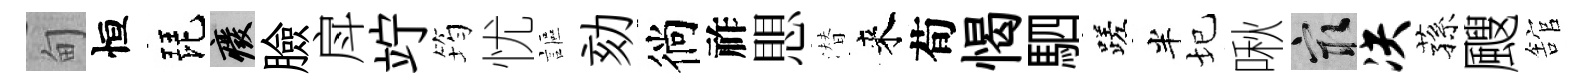
甸恒琵廢臉戽竚筠忧謳劾徜祚愳潜来荀愒駟蹉半圮啾冣决蓀颼舘